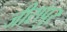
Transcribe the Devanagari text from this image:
जीरापुर